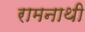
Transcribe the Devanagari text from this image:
रामनाथी